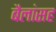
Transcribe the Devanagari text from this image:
बैलांसह